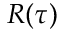
R ( \tau )